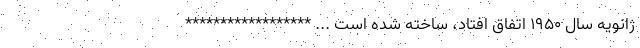
ژانویه سال ۱۹۵۰ اتفاق افتاد، ساخته شده است ... ******************